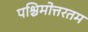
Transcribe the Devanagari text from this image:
पश्चिमोत्तरतम